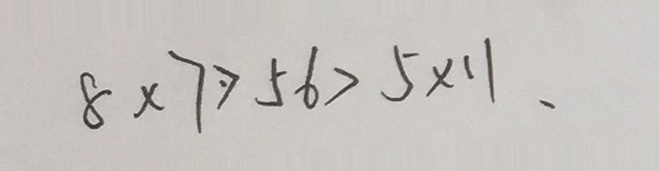
8 \times 7 \cdot > 5 6 > 5 \times 1 1 、